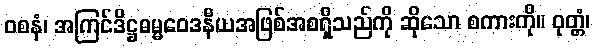
ဝစနံ၊ အကြင်ဒိဋ္ဌဓမ္မဝေဒနီယအဖြစ်အစရှိသည်ကို ဆိုသော စကားကို။ ဝုတ္တံ၊